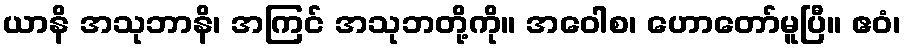
ယာနိ အသုဘာနိ၊ အကြင် အသုဘတို့ကို။ အဝေါစ၊ ဟောတော်မူပြီ။ ဧဝံ၊